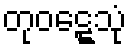
တုဝဋ္ဋေသုံ